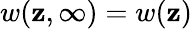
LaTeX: w(\mathbf{z},\infty)=w(\mathbf{z})